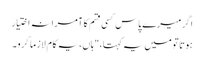
اگر میرے پاس کسی قسم کا آمرانہ اختیار
ہوتا تو میں یہ کہتا،"ہاں، یہ کام لازماً کرو۔